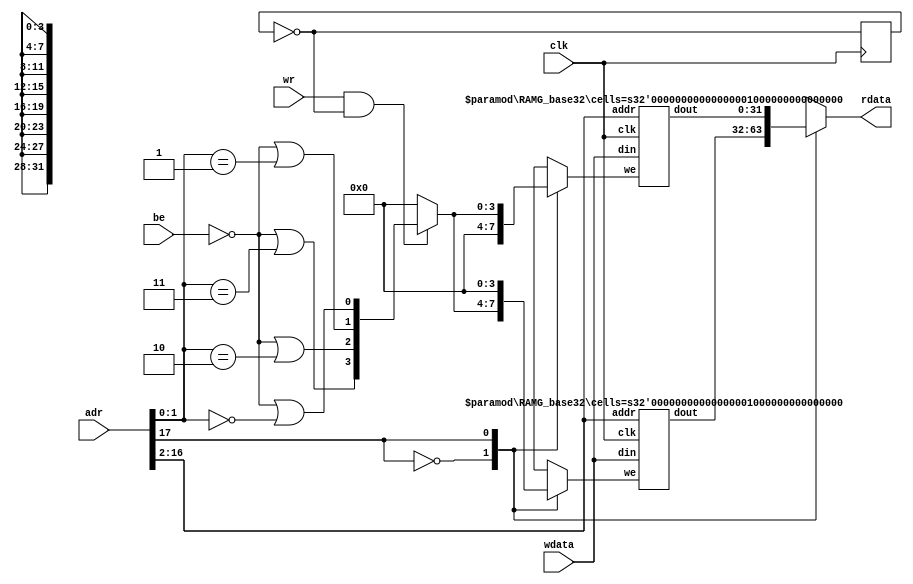
/**
  RAM blocks: allocate BRAM in 32k and 16k 32-bit blocks
  Allocate as many 32k blocks as possible, then add a 16k block as needed
  --
  Parameter: 'mem_blocks': the number of 16kx32 blocks, ie. 16,384 * 4 bytes
  Limitation: minimum mem_blocks = 3 (ie. 196,608 bytes, allocates one 32k and one 16k block)
  --
  Logic for byte-wise write enable and rdata mux-ing from Astrobe's design. Thanks.
  --
  Gray, gray@grayraven.org
  https://oberon-rts.org/licences
**/

`timescale 1ns / 1ps
`default_nettype none

module ramg #(parameter mem_blocks = 3) (
  input wire clk,
  input wire wr,
  input wire be,
  input wire [$clog2(mem_blocks * 'h10000)-1:0] adr,
  input wire [31:0] wdata,
  output reg [31:0] rdata
);

  localparam Num16k = 0; //mem_blocks % 2;
  localparam Num32k = 4; // mem_blocks / 2;
  localparam NumBlocks = Num32k + Num16k;
  localparam MaxAdrBit = $clog2(mem_blocks * 'h10000);

  // clock divider
  reg clkb;
  always @(posedge clk) clkb <= ~clkb;

  // basic write enable, byte-wise (adr[1:0])
  wire [1:0] adr10 = adr[1:0];
  wire [3:0] byte_en = {~be | (adr10 == 2'b11), ~be | (adr10 == 2'b10), ~be | (adr10 == 2'b01), ~be | (adr10 == 2'b00)};
  wire [3:0] bwe = (wr & ~clkb) ? byte_en : 4'b0;

  wire [31:0] rdd [0:NumBlocks-1];  // rdata mux, 32 bits
  reg [3:0] we [0:NumBlocks-1];     // byte-wise write enable

  // update write enable and rdata
  integer i;
  always @ * begin
    for (i = 0; i < NumBlocks; i = i + 1) begin
      we[i] = 0;
    end
    rdata = 0;
    rdata = rdd[adr[MaxAdrBit-1:17]];
    we[adr[MaxAdrBit-1:17]] = bwe;
  end

  genvar j;
  generate
    for (j = 0; j < Num32k; j = j + 1) begin: b32k
      RAMG_base32 #(.cells(32768)) r32 (.clk(clk), .we(we[j]), .addr(adr[16:2]), .din(wdata), .dout(rdd[j]));
    end
    if (Num16k == 1) begin: b16k
      RAMG_base32 #(.cells(16384)) r16 (.clk(clk), .we(we[Num32k]), .a(adr[15:2]), .di(wdata), .do(rdd[Num32k]));
    end
  endgenerate
endmodule

/**
  32 bit wide base, with 'cells' cells.
**/
module RAMG_base32 #(parameter cells = 16384) (
  input wire clk,
  input wire [3:0] we,
  input wire [$clog2(cells)-1:0] addr,
  input wire [31:0] din,
  output wire [31:0] dout
);

  RAMG_base8 #(.cells(cells)) r0 (.clk(clk), .we(we[0]), .addr(addr), .din(din[7:0]), .dout(dout[7:0]));
  RAMG_base8 #(.cells(cells)) r1 (.clk(clk), .we(we[1]), .addr(addr), .din(din[15:8]), .dout(dout[15:8]));
  RAMG_base8 #(.cells(cells)) r2 (.clk(clk), .we(we[2]), .addr(addr), .din(din[23:16]), .dout(dout[23:16]));
  RAMG_base8 #(.cells(cells)) r3 (.clk(clk), .we(we[3]), .addr(addr), .din(din[31:24]), .dout(dout[31:24]));

endmodule

/**
  8 bit wide base, with 'cells' cells.
**/
module RAMG_base8 #(parameter cells = 16384) (
  input wire clk,
  input wire we,
  input wire [$clog2(cells)-1:0] addr,
  input wire [7:0] din,
  output reg [7:0] dout
);

  reg [7:0] ram [0:cells-1];

  always @(posedge clk) begin
    if (we) ram[addr] <= din;
    dout <= ram[addr];
  end
endmodule

`resetall